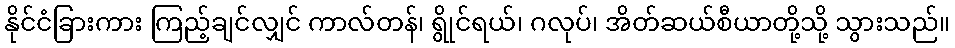
နိုင်ငံခြားကား ကြည့်ချင်လျှင် ကာလ်တန်၊ ရွိုင်ရယ်၊ ဂလုပ်၊ အိတ်ဆယ်စီယာတို့သို့ သွားသည်။